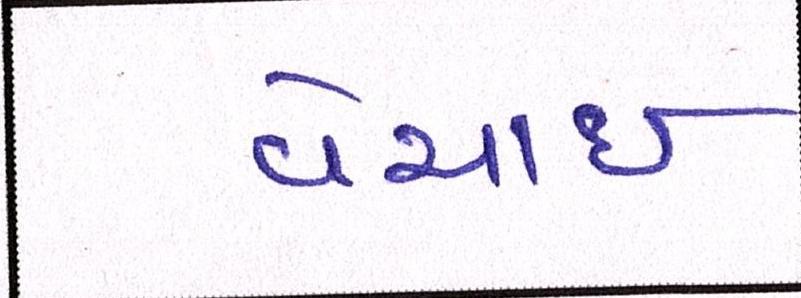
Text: વેચાઈ